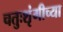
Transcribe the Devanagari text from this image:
चतुःशृंगीच्या